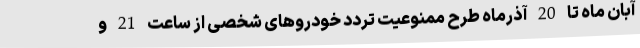
آبان ماه تا 20 آذرماه طرح ممنوعیت تردد خودروهای شخصی از ساعت 21 و